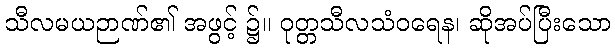
သီလမယဉာဏ်၏ အဖွင့် ၌။ ဝုတ္တသီလသံဝရေန၊ ဆိုအပ်ပြီးသော